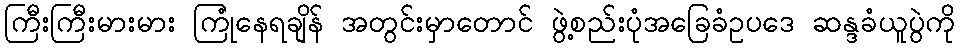
ကြီးကြီးမားမား ကြုံနေရချိန် အတွင်းမှာတောင် ဖွဲ့စည်းပုံအခြေခံဥပဒေ ဆန္ဒခံယူပွဲကို